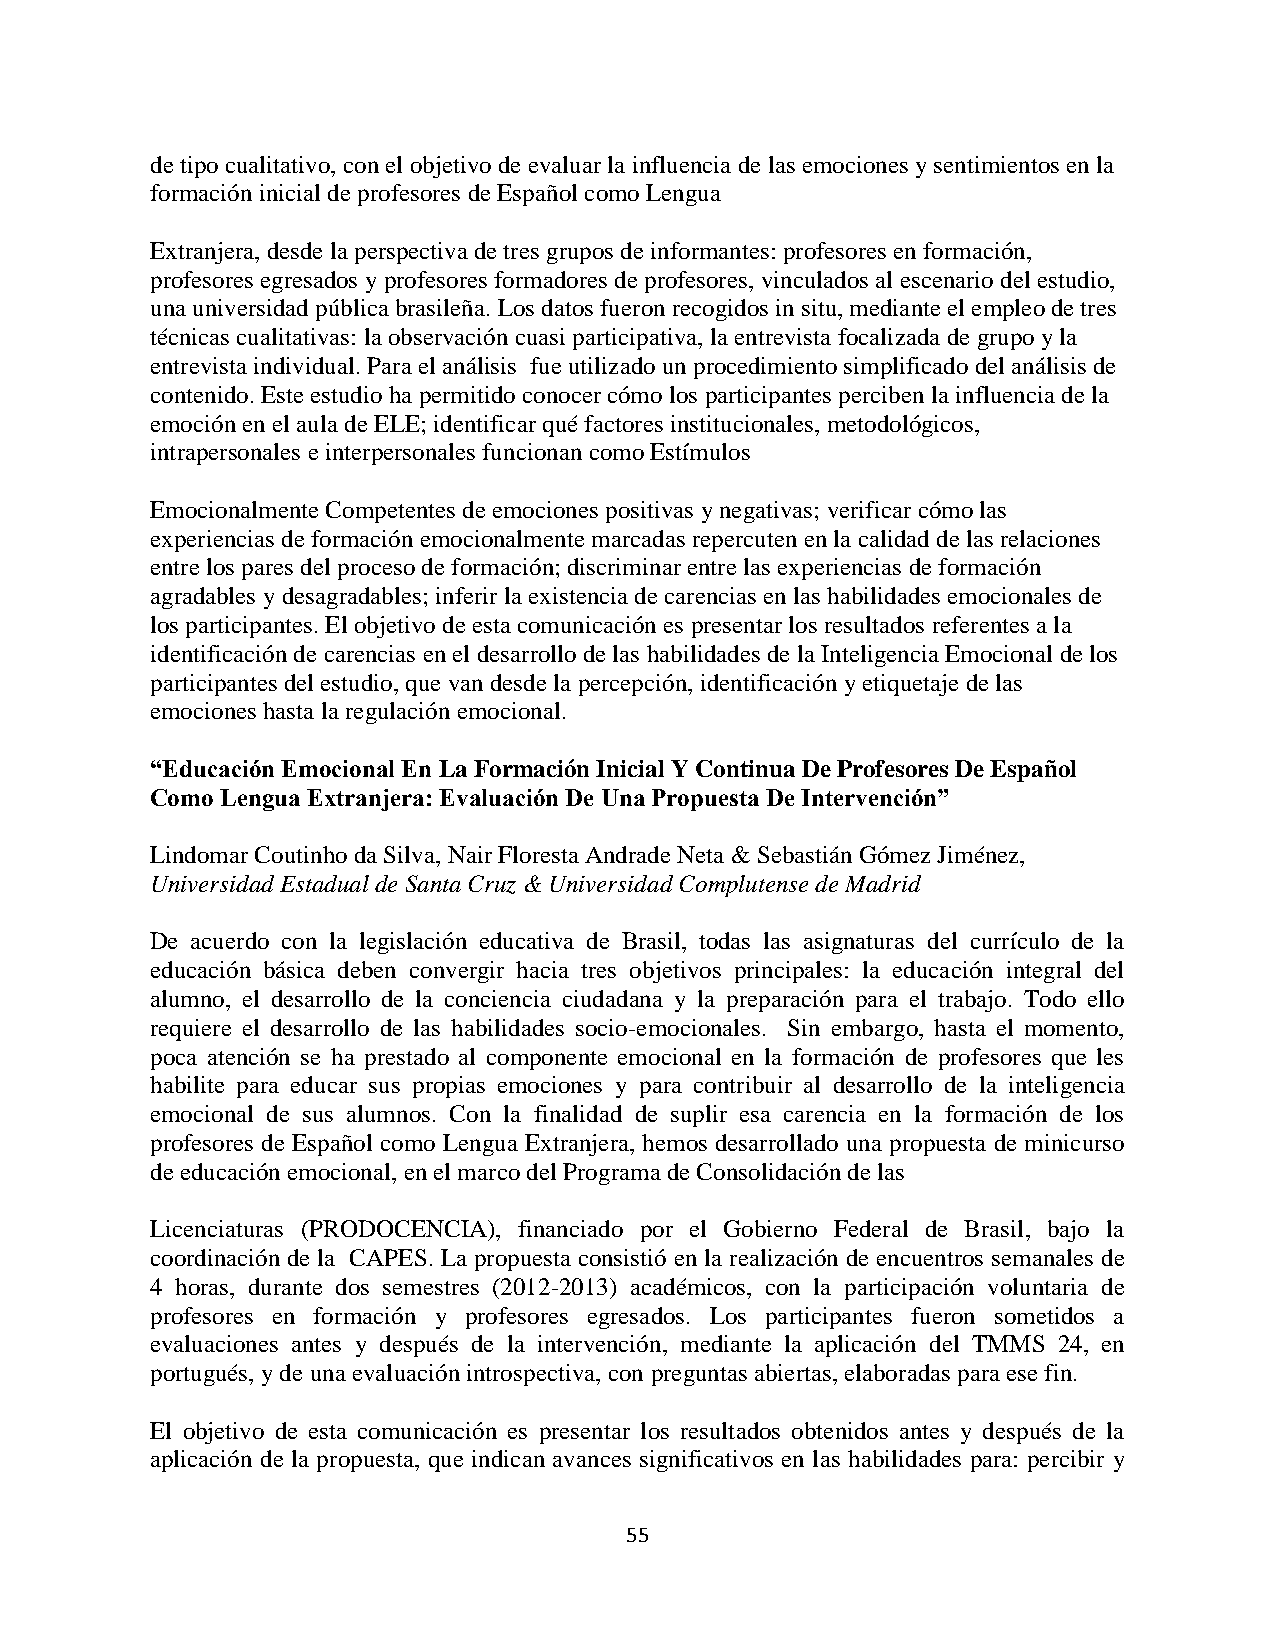
de tipo cualitativo, con el objetivo de evaluar la influencia de las emociones y sentimientos en la
 formación inicial de profesores de Español como Lengua
 Extranjera, desde la perspectiva de tres grupos de informantes: profesores en formación,
 profesores egresados y profesores formadores de profesores, vinculados al escenario del estudio,
 una universidad pública brasileña. Los datos fueron recogidos in situ, mediante el empleo de tres
 técnicas cualitativas: la observación cuasi participativa, la entrevista focalizada de grupo y la
 entrevista individual. Para el análisis fue utilizado un procedimiento simplificado del análisis de
 contenido. Este estudio ha permitido conocer cómo los participantes perciben la influencia de la
 emoción en el aula de ELE; identificar qué factores institucionales, metodológicos,
 intrapersonales e interpersonales funcionan como Estímulos
 Emocionalmente Competentes de emociones positivas y negativas; verificar cómo las
 experiencias de formación emocionalmente marcadas repercuten en la calidad de las relaciones
 entre los pares del proceso de formación; discriminar entre las experiencias de formación
 agradables y desagradables; inferir la existencia de carencias en las habilidades emocionales de
 los participantes. El objetivo de esta comunicación es presentar los resultados referentes a la
 identificación de carencias en el desarrollo de las habilidades de la Inteligencia Emocional de los
 participantes del estudio, que van desde la percepción, identificación y etiquetaje de las
 emociones hasta la regulación emocional.
 “Educación Emocional En La Formación Inicial Y Continua De Profesores De Español
 Como Lengua Extranjera: Evaluación De Una Propuesta De Intervención”
 Lindomar Coutinho da Silva, Nair Floresta Andrade Neta & Sebastián Gómez Jiménez,
 Universidad Estadual de Santa Cruz & Universidad Complutense de Madrid
 De acuerdo con la legislación educativa de Brasil, todas las asignaturas del currículo de la
 educación básica deben convergir hacia tres objetivos principales: la educación integral del
 alumno, el desarrollo de la conciencia ciudadana y la preparación para el trabajo. Todo ello
 requiere el desarrollo de las habilidades socio-emocionales. Sin embargo, hasta el momento,
 poca atención se ha prestado al componente emocional en la formación de profesores que les
 habilite para educar sus propias emociones y para contribuir al desarrollo de la inteligencia
 emocional de sus alumnos. Con la finalidad de suplir esa carencia en la formación de los
 profesores de Español como Lengua Extranjera, hemos desarrollado una propuesta de minicurso
 de educación emocional, en el marco del Programa de Consolidación de las
 Licenciaturas (PRODOCENCIA), financiado por el Gobierno Federal de Brasil, bajo la
 coordinación de la CAPES. La propuesta consistió en la realización de encuentros semanales de
 4 horas, durante dos semestres (2012-2013) académicos, con la participación voluntaria de
 profesores en formación y profesores egresados. Los participantes fueron sometidos a
 evaluaciones antes y después de la intervención, mediante la aplicación del TMMS 24, en
 portugués, y de una evaluación introspectiva, con preguntas abiertas, elaboradas para ese fin.
 El objetivo de esta comunicación es presentar los resultados obtenidos antes y después de la
 aplicación de la propuesta, que indican avances significativos en las habilidades para: percibir y
 55